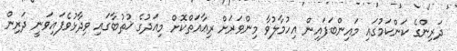
ދަރިންގެ ކަންކަމުގައި މައިންބަފައިން އިހުމާލުވާ މިންވަރަށް ރިޢާއަތްކޮށް މިއަދުގެ ޚުޠުބާގައި ވިދާޅުވެފައިވަނީ ދަރިން